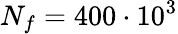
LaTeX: N_{f}=400\cdot 10^{3}